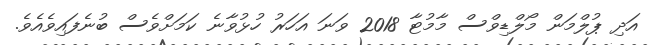
އަދި ޕުލްމަން މޯލްޑިވްސް މާމުޓާ 2018 ވަނަ އަހަރު ހުޅުވާނެ ކަމަށްވެސް ބުނެފައިވެއެވެ.